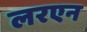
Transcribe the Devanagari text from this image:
लरएन